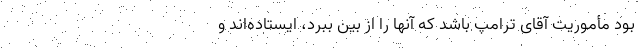
بود مأموریت آقای ترامپ باشد که آنها را از بین ببرد، ایستاده‌اند و